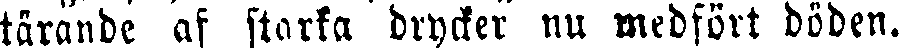
tärande af starka drycker nu medfört döden.